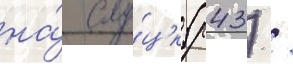
на́ слу́цк (р43) /